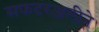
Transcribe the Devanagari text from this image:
सफदरअलीने